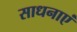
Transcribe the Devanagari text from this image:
साधनाएं